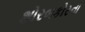
શોરબકોરનો